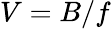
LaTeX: V=B/f